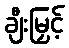
ချီးမြှင့်